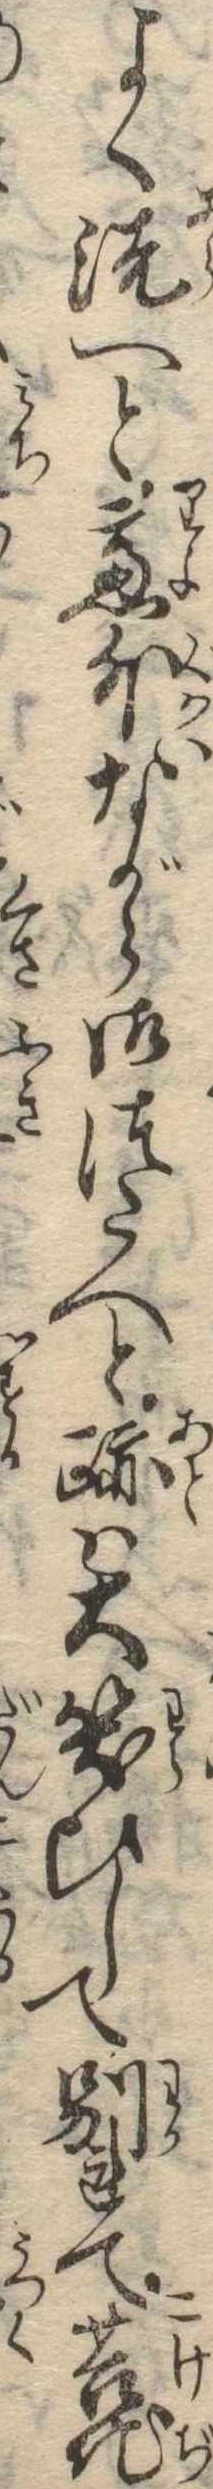
よく洗へと慮外ながら御つたへと跡は大笑ひして別れて苔地